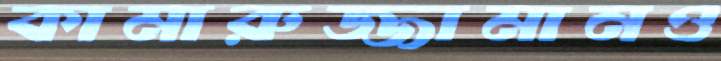
কামারুজ্জামানও